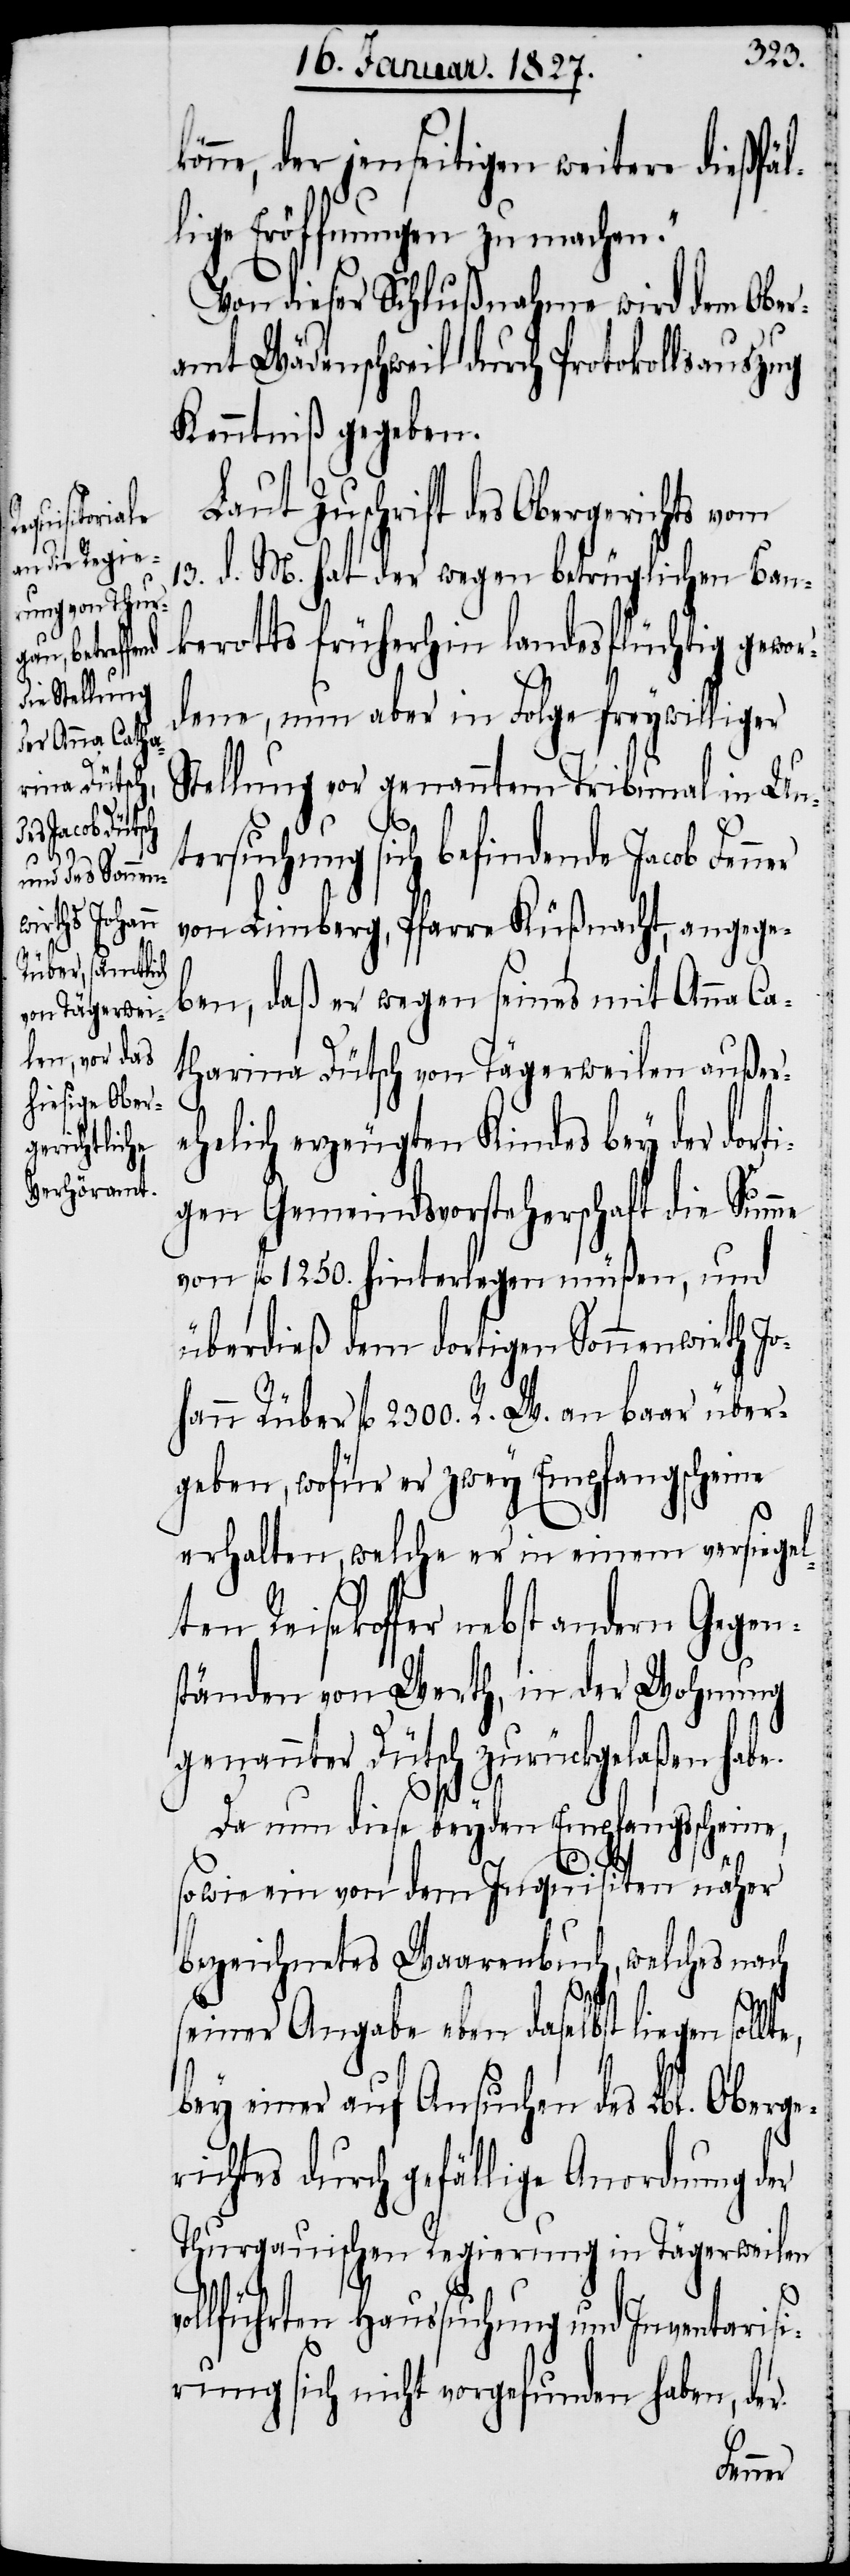
n sollte,

v¬
be.
ne, der jenseitigen weitere dießfäl¬
lige Eröffnungen zu machen.“
Von dieser Schlußnahme wird dem Ober¬
amt Wädenschweil durch Protokollsauszug
Kenntniß gegeben.
Laut Zuschrift des Obergerichts vom
13. d. M. hat der wegen betrüglichen Ban¬
kerotts früherhin landesflüchtig gewor¬
dene, nun aber in Folge freywilliger
Stellung vor genanntem Tribunal in Unt¬
ersuchung sich befindende Jacob Fen¬
von Limberg, Pfarre Küßnacht, angege¬
ben, daß er wegen seines mit Anna Ca¬
tharina Dütsch von Tägerweilen außer¬
ehelich erzeugten Kindes bey der dort¬
igen Gemeindsvorsteherschaft die Summe
von fl. 1250. hinterlegen müßen, und
überdieß dem dortigen Sonnenwirth Jo¬
hann Rüber fl. 2300. R. W. an baar über¬
geben, wofür er zwey Empfangscheine
erhalten, welche er in einem versiegel¬
ten Reisekoffer nebst andern Gegen¬
ständen von Werth, in der Wohnung
genannter Dütsch zurückgelaßen ha¬
Da nun diese beyden Empfangsscheine,
sowie ein von dem Inquisiten näher
bezeichnetes Waarenbuch, welches nach
seiner Angabe eben daselbst liege¬
bey einer auf Ansuchen des Lbl. Oberge¬
richtes durch gefällige Anordnung der
Thurgauischen Regierung in Tägerweilen
ollführten Haussuchung und Inventarisi¬
rung sich nicht vorgefunden haben, der
kön¬